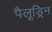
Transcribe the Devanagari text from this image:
पैलूड्रिन